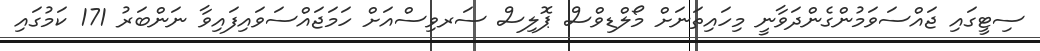
ސިޓީގައި ޖައްސަވަމުންގެންދަވާނީ މިހައިތަނަށް މޯލްޑިވްސް ޕޮލިސް ސަރވިސްއަށް ހަމަޖައްސަވައިފައިވާ ނަންބަރު 171 ކަމުގައި